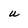
Character: u